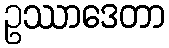
ဥဿာဒေတာ